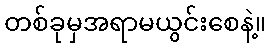
တစ်ခုမှအရာမယွင်းစေနဲ့။